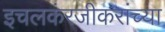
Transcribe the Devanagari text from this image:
इचलकंरजीकरांच्या